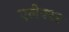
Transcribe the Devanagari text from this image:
एलेक्टर